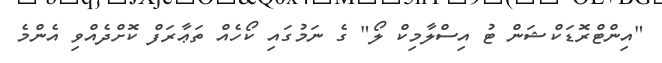
"އިންޓްރޮޑަކްޝަން ޓު އިސްލާމިކް ލޯ" ގެ ނަމުގައި ކޯހެއް ތަޢާރަފް ކޮށްދެއްވި އެންމެ